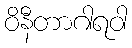
ဝိနီတာဂါရဝါ